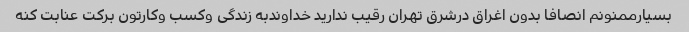
بسیارممنونم انصافا بدون اغراق درشرق تهران رقیب ندارید خداوندبه زندگی وکسب وکارتون برکت عنابت کنه